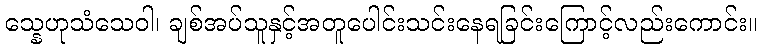
သ္နေဟုသံသေဝါ၊ ချစ်အပ်သူနှင့်အတူပေါင်းသင်းနေရခြင်းကြောင့်လည်းကောင်း။